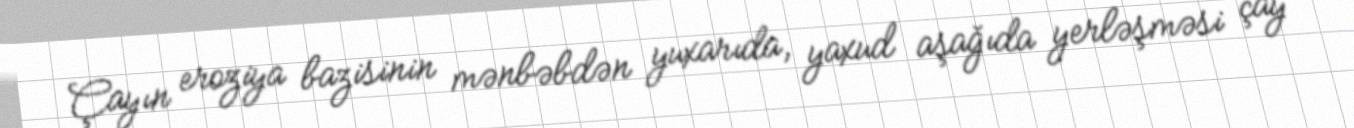
Çayın eroziya bazisinin mənbəbdən yuxarıda, yaxud aşağıda yerləşməsi çay